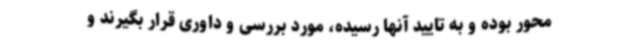
محور بوده و به تایید آنها رسیده، مورد بررسی و داوری قرار بگیرند و